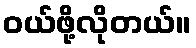
ဝယ်ဖို့လိုတယ်။